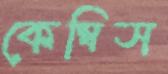
কেম্বিস